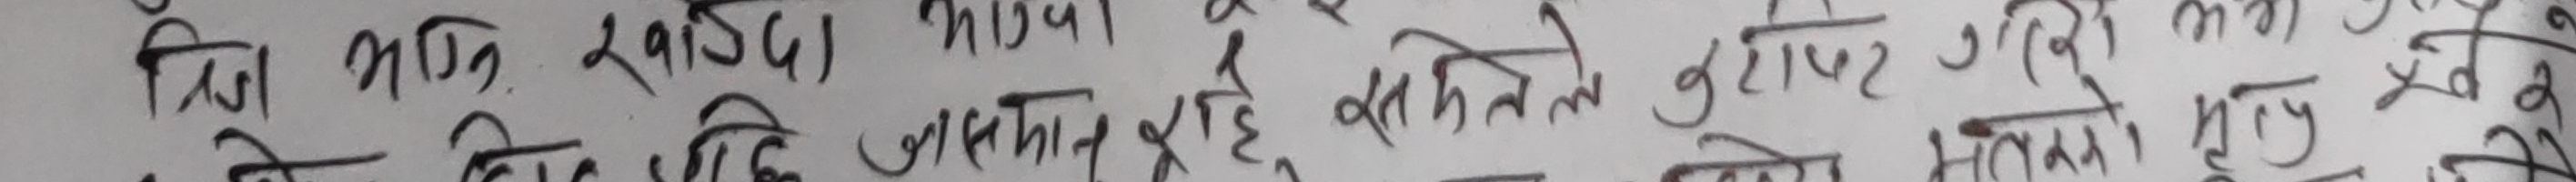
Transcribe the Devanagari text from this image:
त्रि भक्ति स्खाँदा भाग जसमा कुही र रहेको सकेन ले टुटेको गरिरहेको भएनत्यो खेतमा